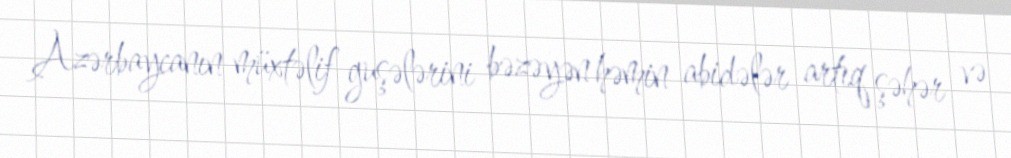
Azərbaycanın müxtəlif guşələrini bəzəyən həmin abidələr artıq şəhər və